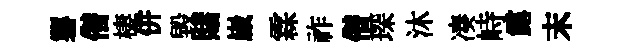
礱僣棲併毀賭嵗霖祚僣琛沐凑峙露末